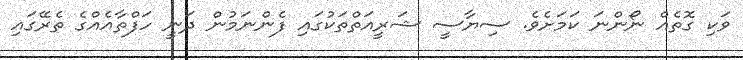
ވަކި ގޮތެއް ނޯންނަ ކަމަށެވެ. ސިޔާސީ ޝަރީއަތްތަކުގައި ފެންނަމުން ދަނީ ހަފްތާއެއްގެ ތެރޭގައި